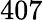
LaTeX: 407